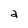
Character: a